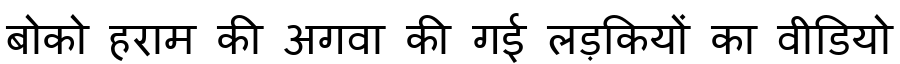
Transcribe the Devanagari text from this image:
बोको हराम की अगवा की गई लड़कियों का वीडियो